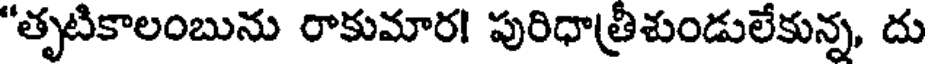
"తృటికాలంబును రాకుమార! పురిధాత్రిశుండులేకున్న, దు